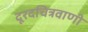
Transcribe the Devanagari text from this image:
दूरदचित्रवाणी